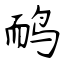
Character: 鸸